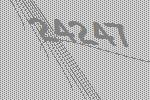
24247